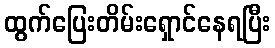
ထွက်ပြေးတိမ်းရှောင်နေရပြီး